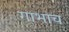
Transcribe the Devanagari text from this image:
गाभाच